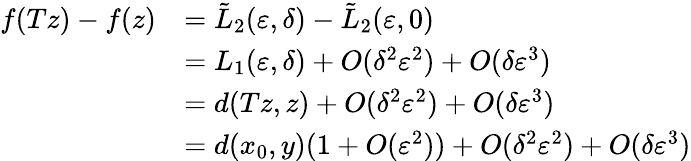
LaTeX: \begin{array}{rl}{f(Tz)-f(z)}&{=\tilde{L}_{2}(\varepsilon,\delta)-\tilde{L}_{2}(\varepsilon,0)}\\ &{=L_{1}(\varepsilon,\delta)+O(\delta^{2}\varepsilon^{2})+O(\delta\varepsilon^{3})}\\ &{=d(Tz,z)+O(\delta^{2}\varepsilon^{2})+O(\delta\varepsilon^{3})}\\ &{=d(x_{0},y)(1+O(\varepsilon^{2}))+O(\delta^{2}\varepsilon^{2})+O(\delta\varepsilon^{3})}\end{array}